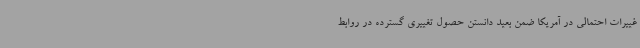
غییرات احتمالی در آمریکا ضمن بعید دانستن حصول تغییری گسترده در روابط